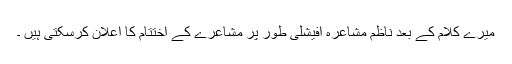
میرے کلام کے بعد ناظم مشاعرہ آفیشلی طور پر مشاعرے کے اختتام کا اعلان کرسکتی ہیں ۔